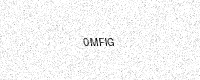
Text: 0MFIG